Tahkuranna_vallavalitsus, lk 41
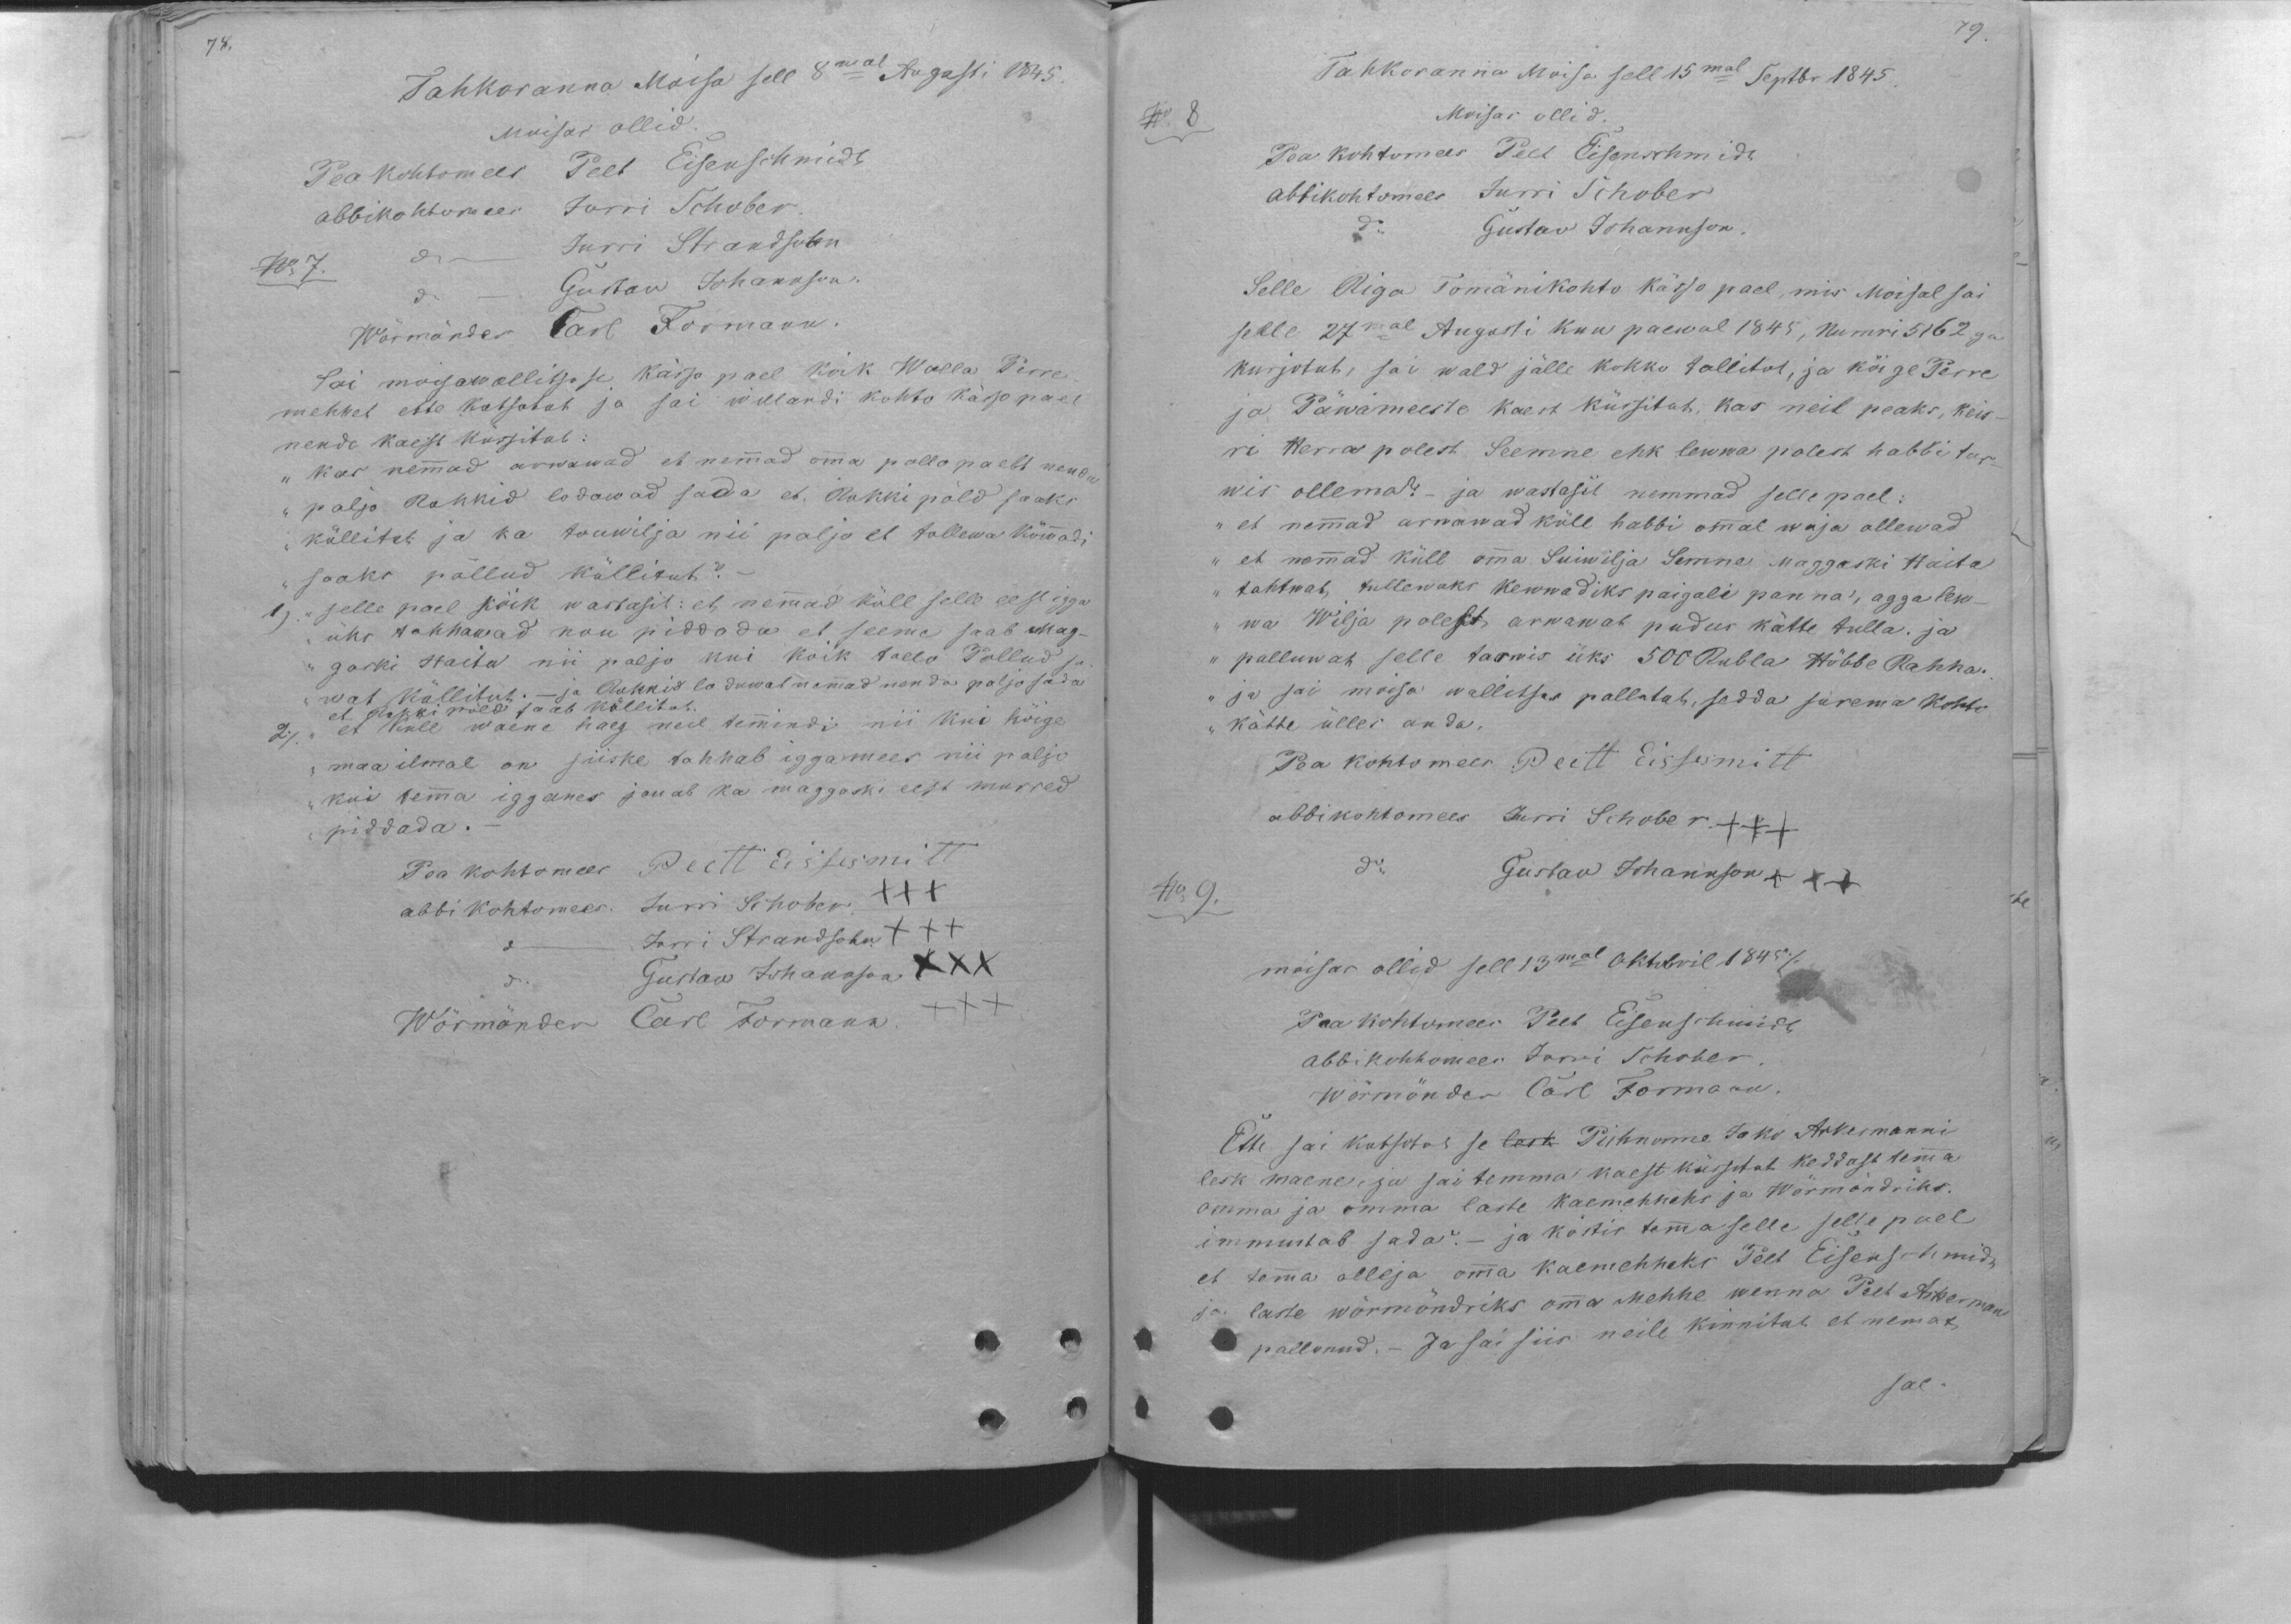
74.

79.

Tahkoranna Moisa sell 8mal Augasti 1845.
Moisas ollid.
Pea kohtomees Peet Eisenschmidt
abbikohtomees Jurri Schober.
do Jurri Strandsohn
No. 7.
do Gustaw Johannson
Wörmönder Carl Formann
Sai moisawallitsuse kässo pael koik Walla Perre
mehhet ette kotsotut ja sai willandi kohto kässo pael
nende kaest küssitut
"kas nemmad arwawad et nemmad omma pollo paelt nenda
" paljo Rokkid lodawad sada et, Rokki põld saaks
" küllitet ja ka touwilja nii paljo et tollewa käwwadi
" saaks põllud küllitut?-
1). " selle pael kõik wastasit: et nemmad küll selle eest igga
" üks tahhawad nou piddada et seeme saab Mag-
" gaski Haita nii paljo kui koik tallo Pollud sa-
" wat külliut. - ja Rokkid lodawat nemmad nenda paljo sada
et Rokki põld saab küllitut.
2/  " et küll waene haeg neil temmindi nii kui kõige
" maa ilmal on siiske tahhab iggamees nii paljo
" kui temma igganes jouab ka maggaski eest murred
piddada.-
Pea kohtomees Peett Eissesmitt
abbi kohtomees. Jurri Schober. +++
do Jurri Strandsohn XXX
do. Gustaw Johannson XXX
Wörmönder Carl Formann. +++

Tahkoranna Moisa sell 15mal Septbr 1845
No. 8
Moisas ollid.
Pea kohtomees Peet Eisenschmidt
abbikohtomees Jurri Schober
do Gustav Johannson
Selle Riga Tomänikohto kässo pael, mis Moisal sai
selle 27mal Augusti kuu paewal 1845, Numri 5162ga
kurjotut, sai wald jälle kokko tallitöt, ja kõige Perre
ja Päwämeeste kaest küssitut, kas neil peaks, keis
ri Herra polest Seemne ehk lewwa polest habbi tar-
wis ollema? - ja wastasit nemmad selle pael:
" et nemmad arwawad küll habbi ommal waja ollewad
" et nemmad küll omma Suiwilja Semne Maggaski Haita
" tahtwat tullewaks kewwadiks paigali panna´, agga lew
" wa Wilja polest arwawat pudus kätte tulla. ja
" palluwat selle tarwis üks 500 Rubla Hõbbe Rahha.
" ja sai moisa wallitsus pallutut, sedda surema kohto
" kätte ülles anda.
Pea kohtomees Peett Eissesmitt
abbikohtomees Jurri Schober. +++
No 9.
do Gustaw Johannson +++
moisas ollid sell 13mal Oktobril 1845/
Pea kohtomees Peet Eisenschmidt
abbikohhomees Jurri Schober
Wörmönder Carl Formann
Ette sai kutsotut se lesk Pühnorme Jako Ackermanni
lesk maene, ja sai temma kaest küssitut keddast temma
omma ja omma laste kaemehheks ja Wörmöndriks.
immustab sada? - ja köstis temma selle selle pael
et temma olleja omma kaemehheks Peet Eisenschmidt
ja laste wörmöndriks omma mehhe wenna Peet Ackerman
pallunud. - Ja sai siis neile kinnitut et nemat
sol.